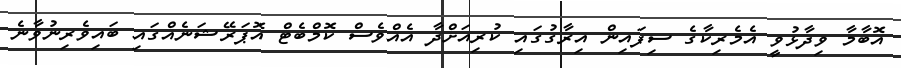
އޮބާމާ ވިދާޅުވީ އެމެރިކާގެ ސިފައިން އިރާގުގައި ކުރިއަށްދާ އެއްވެސް ކޮމްބެޓް އޮޕަރޭޝަނެއްގައި ބައިވެރިނުވާނެ